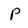
Character: p